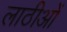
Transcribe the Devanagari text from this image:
लाठीओं